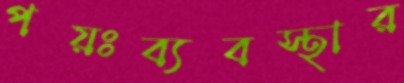
পয়ঃব্যবস্থার